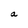
Character: a